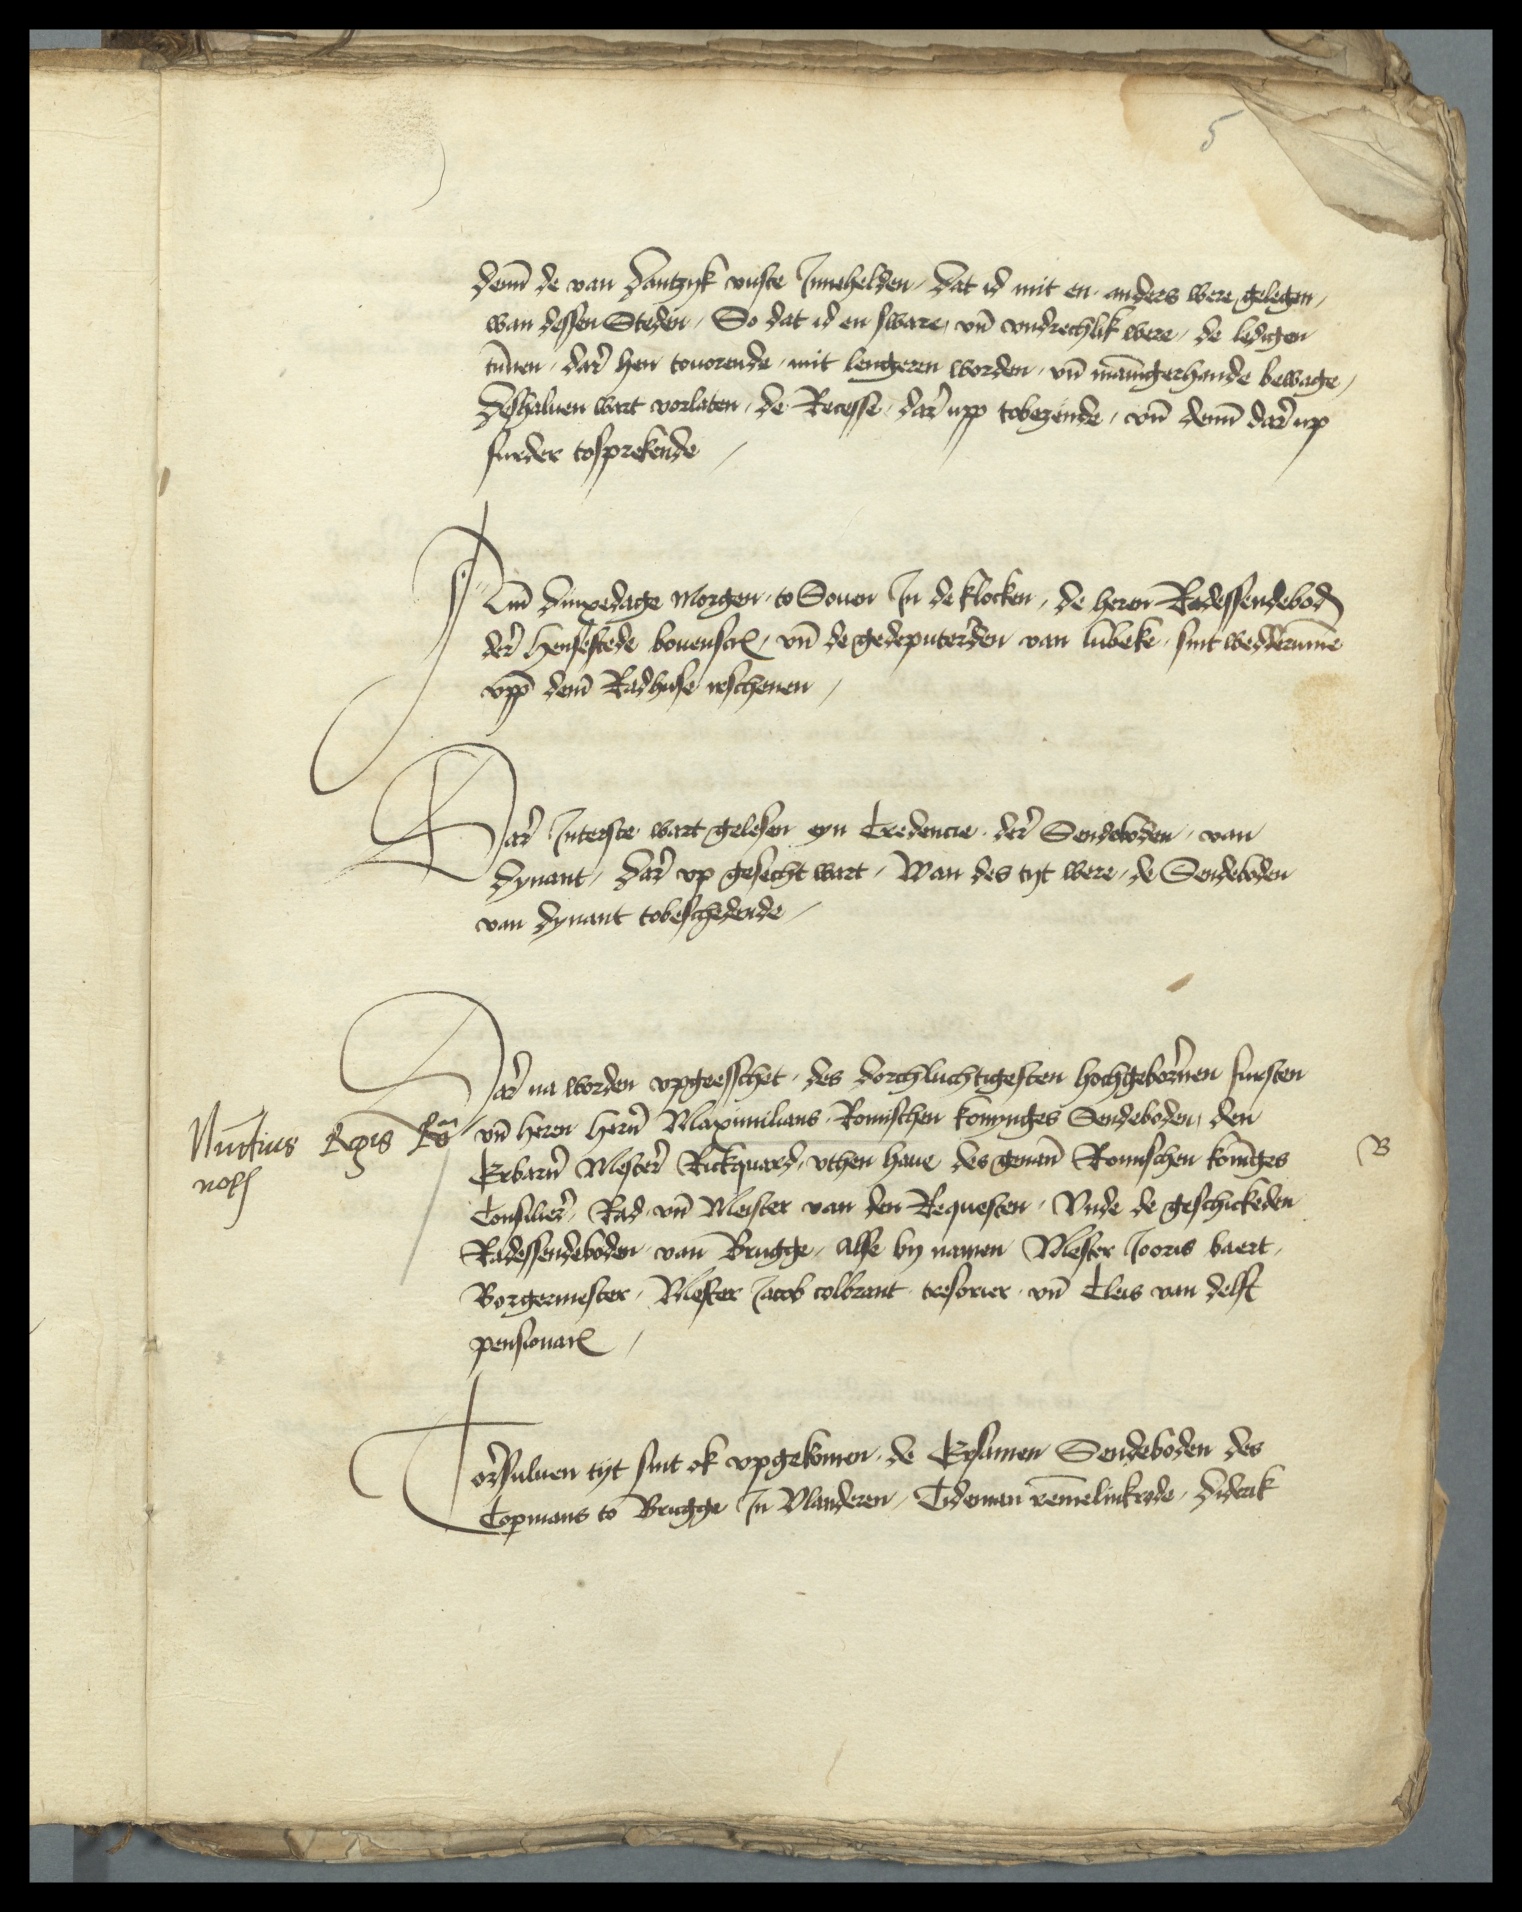
deme de van Dantzyk vuste Jnnehelden, dat id mit en anders were gelegen
wan dessen Steden, So dat id en sware vnd vndrechlik were, de ledigen
tunnen, dar hen touorende, mit lengeren worden, vnd mannigerhande bewage,
Deshaluen wart vorlaten, de Recesse, dar upp tobezende, vnd deme dar up
furder tosprekende

Ame dinxedage morgen, to Souen Jn de klocken, de heren Radessendeboden
der hensestede bouenscreuen vnd de gedeputerden van Lubeke sint wedderumme
vpp deme Radhuse irschenen,

Dar Jnterste wart gelesen eyn Credencie, der Sendeboden, van
Dynant, dar vp gesecht wart, Wan des tyt were, de Sendeboden
van Dynant tobeschedende,

Dar na worden vpgeesschet, des dorchluchtigesten hochgeborenen fursten
vnd heren heren Maximilians Romischen konynges Sendeboden, den
Erbaren Mestere Rickquard, vthen haue des genanten Romisschen Koninges
Consilier, Rad vnd Mester van den Requesten, vnde de geschickeden
Radessendeboden van Brugge, alse by namen, Mester Jooris Baert
Borgermester, Mester Jacob Colbrant tresorier vnd Cleis van Delft
pensionaris

Nunctius Regis Lo
noth

B

orsuluen tyt sint ok vpgekomen, de Ersamen Sendeboden des
Copmans to Brugge Jn Vlanderen, Odeman Lemelinkeyde, Diderik